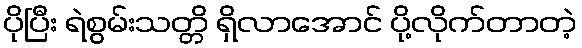
ပိုပြီး ရဲစွမ်းသတ္တိ ရှိလာအောင် ပို့လိုက်တာတဲ့